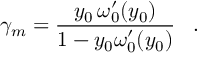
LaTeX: \gamma _ { m } = { \frac { y _ { 0 } \, \omega _ { 0 } ^ { \prime } ( y _ { 0 } ) } { 1 - y _ { 0 } \omega _ { 0 } ^ { \prime } ( y _ { 0 } ) } } \; \; \; .